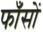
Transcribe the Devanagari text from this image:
फाँसों